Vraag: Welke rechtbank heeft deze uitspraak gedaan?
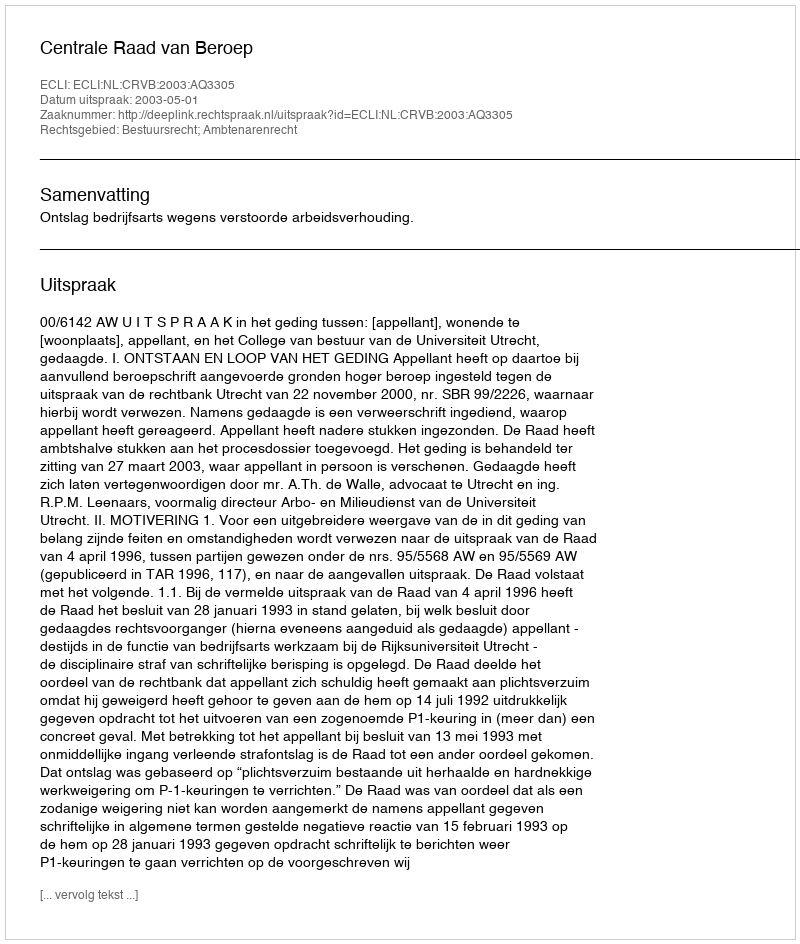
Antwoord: Centrale Raad van Beroep